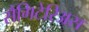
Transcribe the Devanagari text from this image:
सैगिटेरिअस